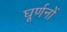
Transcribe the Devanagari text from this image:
घूर्णनों